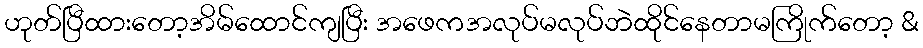
ဟုတ်ပြီထားတော့အိမ်ထောင်ကျပြီး အဖေကအလုပ်မလုပ်ဘဲထိုင်နေတာမကြိုက်တော့ &